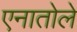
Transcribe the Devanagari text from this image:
एनातोले